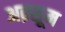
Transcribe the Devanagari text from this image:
अक़्सूम